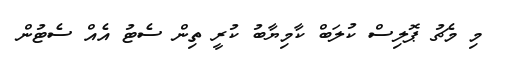
މި މެޗު ޕޮލިސް ކުލަބް ކާމިޔާބު ކުރީ ތިން ސެޓު އެއް ސެޓުން